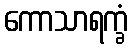
ကောသာရက္ခံ